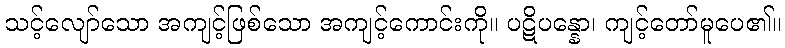
သင့်လျော်သော အကျင့်ဖြစ်သော အကျင့်ကောင်းကို။ ပဋိပန္နော၊ ကျင့်တော်မူပေ၏။